Indian journal of veterinary science and animal husbandry - Volumes 22-23, 1952-1953
Year: 1952
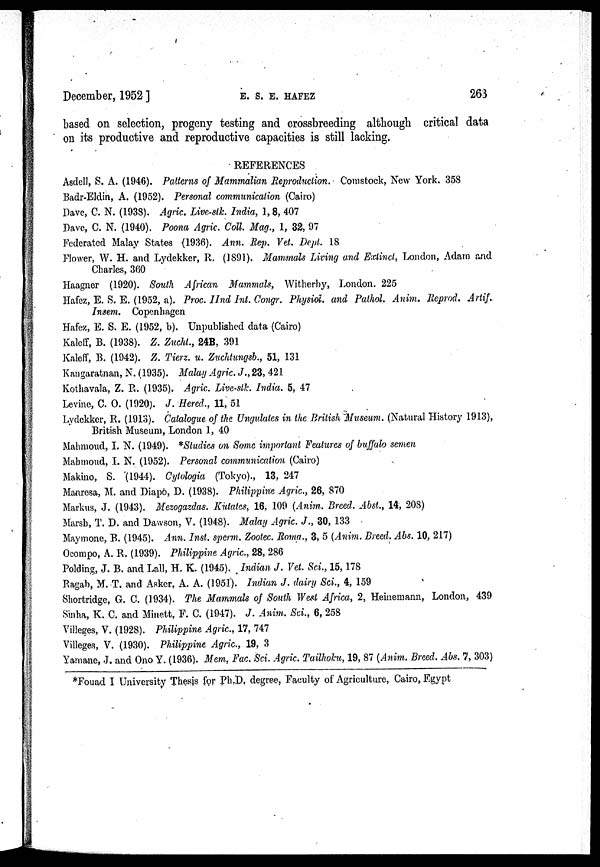
December, 1952]
E.
S.
E.
HAFEZ
263
based on selection, progeny testing and crossbreeding although critical data
on its productive and reproductive capacities is still lacking.
REFERENCES
Asdell, S. A. (1946). Patterns of Mammalian Reproduction. Comstock, New York. 358
Badr-Eldin, A. (1952). Personal communication (Cairo)
Dave, C. N. (1938). Agric. Live-stk. India, 1, 8, 407
Dave, C. N. (1940). Poona Agric. Coll. Mag., 1, 32, 97
Federated Malay States (1936). Ann. Rep. Vet. Dept. 18
Flower, W. H. and Lydekker, R. (1891). Mammals Living and Extinct, London, Adam and
Charles, 360
Haagner (1920). South African Mammals, Witherby, London. 225
Hafez, E. S. E. (1952, a). Proc. IInd Int. Congr. Physiol. and Pathol. Anim. Reprod. Artif.
Insem. Copenhagen
Hafez, E. S. E. (1952, b). Unpublished data (Cairo)
Kaleff, B. (1938). Z. Zucht., 24B, 391
Kaleff, B. (1942). Z. Tierz. u. Zuchtungsb., 51, 131
Kangaratnan, N. (1935). Malay Agric. J., 23, 421
Kothavala, Z. R. (1935). Agric. Live-stk. India. 5, 47
Levine, C. O. (1920). J. Hered., 11, 51
Lydekker, R. (1913). Catalogue of the Ungulates in the British Museum. (Natural History 1913),
British Museum, London 1, 40
Mahmoud, I. N. (1949). *Studies on Some important Features of buffalo semen
Mahmoud, I. N. (1952). Personal communication (Cairo)
Makino, S. (1944). Cytologia (Tokyo)., 13, 247
Manresa, M. and Diapo, D. (1938). Philippine Agric, 26, 870
Markus, J. (1943). Mezogazdas. Kutates, 16, 109 (Anim. Breed. Abst., 14, 208)
Marsb, T. D. and Dawson, V. (1948). Malay Agric. J., 30, 133
Maymone, B. (1945). Ann. Inst. sperm. Zootec. Roma., 3, 5 (Anim. Breed. Abs. 10, 217)
Ocompo, A. R. (1939). Philippine Agric., 28, 286
Polding, J. B. and Lall, H. K. (1945). Indian J. Vet. Sci., 15, 178
Ragab, M. T. and Asker, A. A. (1951). Indian J. dairy Sci., 4, 159
Shortridge, G. C. (1934). The Mammals of South West Africa, 2, Heinemann, London, 439
Sinha, K. C. and Minett, F. C. (1947). J. Anim. Sci., 6, 258
Villeges, V. (1928). Philippine Agric., 17, 747
Villeges, V. (1930). Philippine Agric., 19, 3
Yamane, J. and Ono Y. (1936). Mem, Fac. Sci. Agric. Tailhoku, 19, 87 (Anim. Breed. Abs. 7, 303)
*Fouad I University Thesis for Ph.D. degree, Faculty of Agriculture, Cairo, Egypt